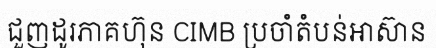
ជួញដូរភាគហ៊ុន CIMB ប្រចាំតំបន់អាស៊ាន